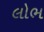
લોભ